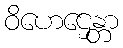
ဝိဟေဌေန္တာ